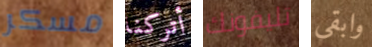
مسكر أتركنا تليفونك وابقى